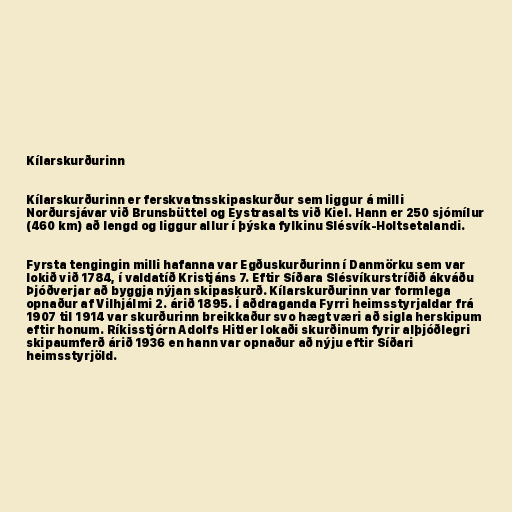
Kílarskurðurinn

Kílarskurðurinn er ferskvatnsskipaskurður sem liggur á milli
Norðursjávar við Brunsbüttel og Eystrasalts við Kiel. Hann er 250 sjómílur
(460 km) að lengd og liggur allur í þýska fylkinu Slésvík-Holtsetalandi.

Fyrsta tengingin milli hafanna var Egðuskurðurinn í Danmörku sem var
lokið við 1784, í valdatíð Kristjáns 7. Eftir Síðara Slésvíkurstríðið ákváðu
Þjóðverjar að byggja nýjan skipaskurð. Kílarskurðurinn var formlega
opnaður af Vilhjálmi 2. árið 1895. Í aðdraganda Fyrri heimsstyrjaldar frá
1907 til 1914 var skurðurinn breikkaður svo hægt væri að sigla herskipum
eftir honum. Ríkisstjórn Adolfs Hitler lokaði skurðinum fyrir alþjóðlegri
skipaumferð árið 1936 en hann var opnaður að nýju eftir Síðari
heimsstyrjöld.